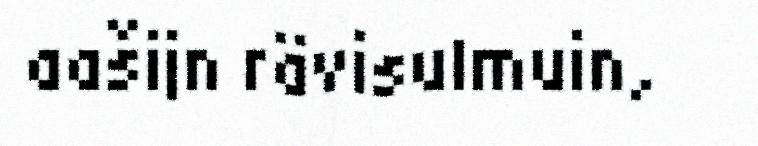
aašijn rävisulmuin,